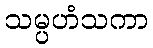
သမ္ပဟံသကာ